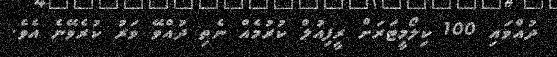
ދުއްވައި 100 ކިލޯމީޓަރަށް ރީފިއުލް ކުރުމެއް ނެތި ދުއްވޭ ވަރު ކުރެވޭނެ އެވެ.